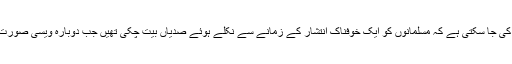
اس بات کی مزید وضاحت یوں کی جا سکتی ہے کہ مسلمانوں کو ایک خوفناک انتشار کے زمانے سے نکلے ہوئے صدیاں بیت چکی تھیں جب دوبارہ ویسی صورت حال پیدا کرکے رکھ دی گئی ۔